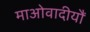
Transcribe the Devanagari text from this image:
माओवादीयौं